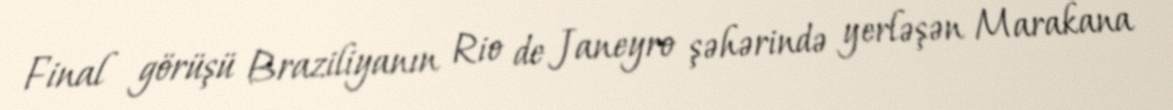
Final görüşü Braziliyanın Rio de Janeyro şəhərində yerləşən Marakana